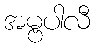
အမ္ဗပါလီ